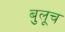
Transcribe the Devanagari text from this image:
बुलूच